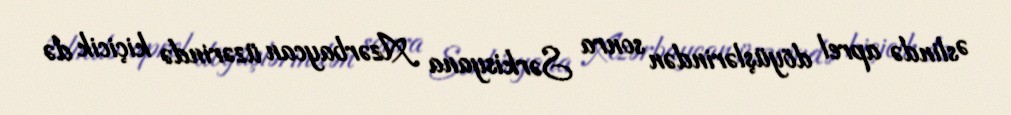
Əslində aprel döyüşlərindən sonra Sərkisyana Azərbaycan üzərində kiçicik də